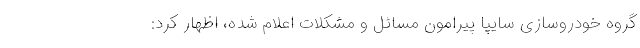
گروه خودروسازی سایپا پیرامون مسائل و مشکلات اعلام شده، اظهار کرد: